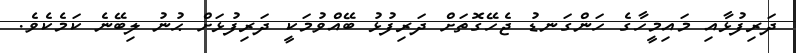
ދަރިފުޅާއި މައިމީހާގެ ހަންގަނޑު ޖެހޭގޮތަށް ދަރިފުޅު ބޭއްވުމަކީ ދަރިފުޅަށް ޙުނު ލިބޭނެ ކަމެކެވެ.